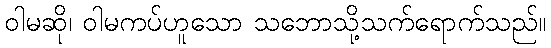
ဝါမဆို၊ ဝါမကပ်ဟူသော သဘောသို့သက်ရောက်သည်။